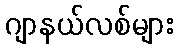
ဂျာနယ်လစ်များ